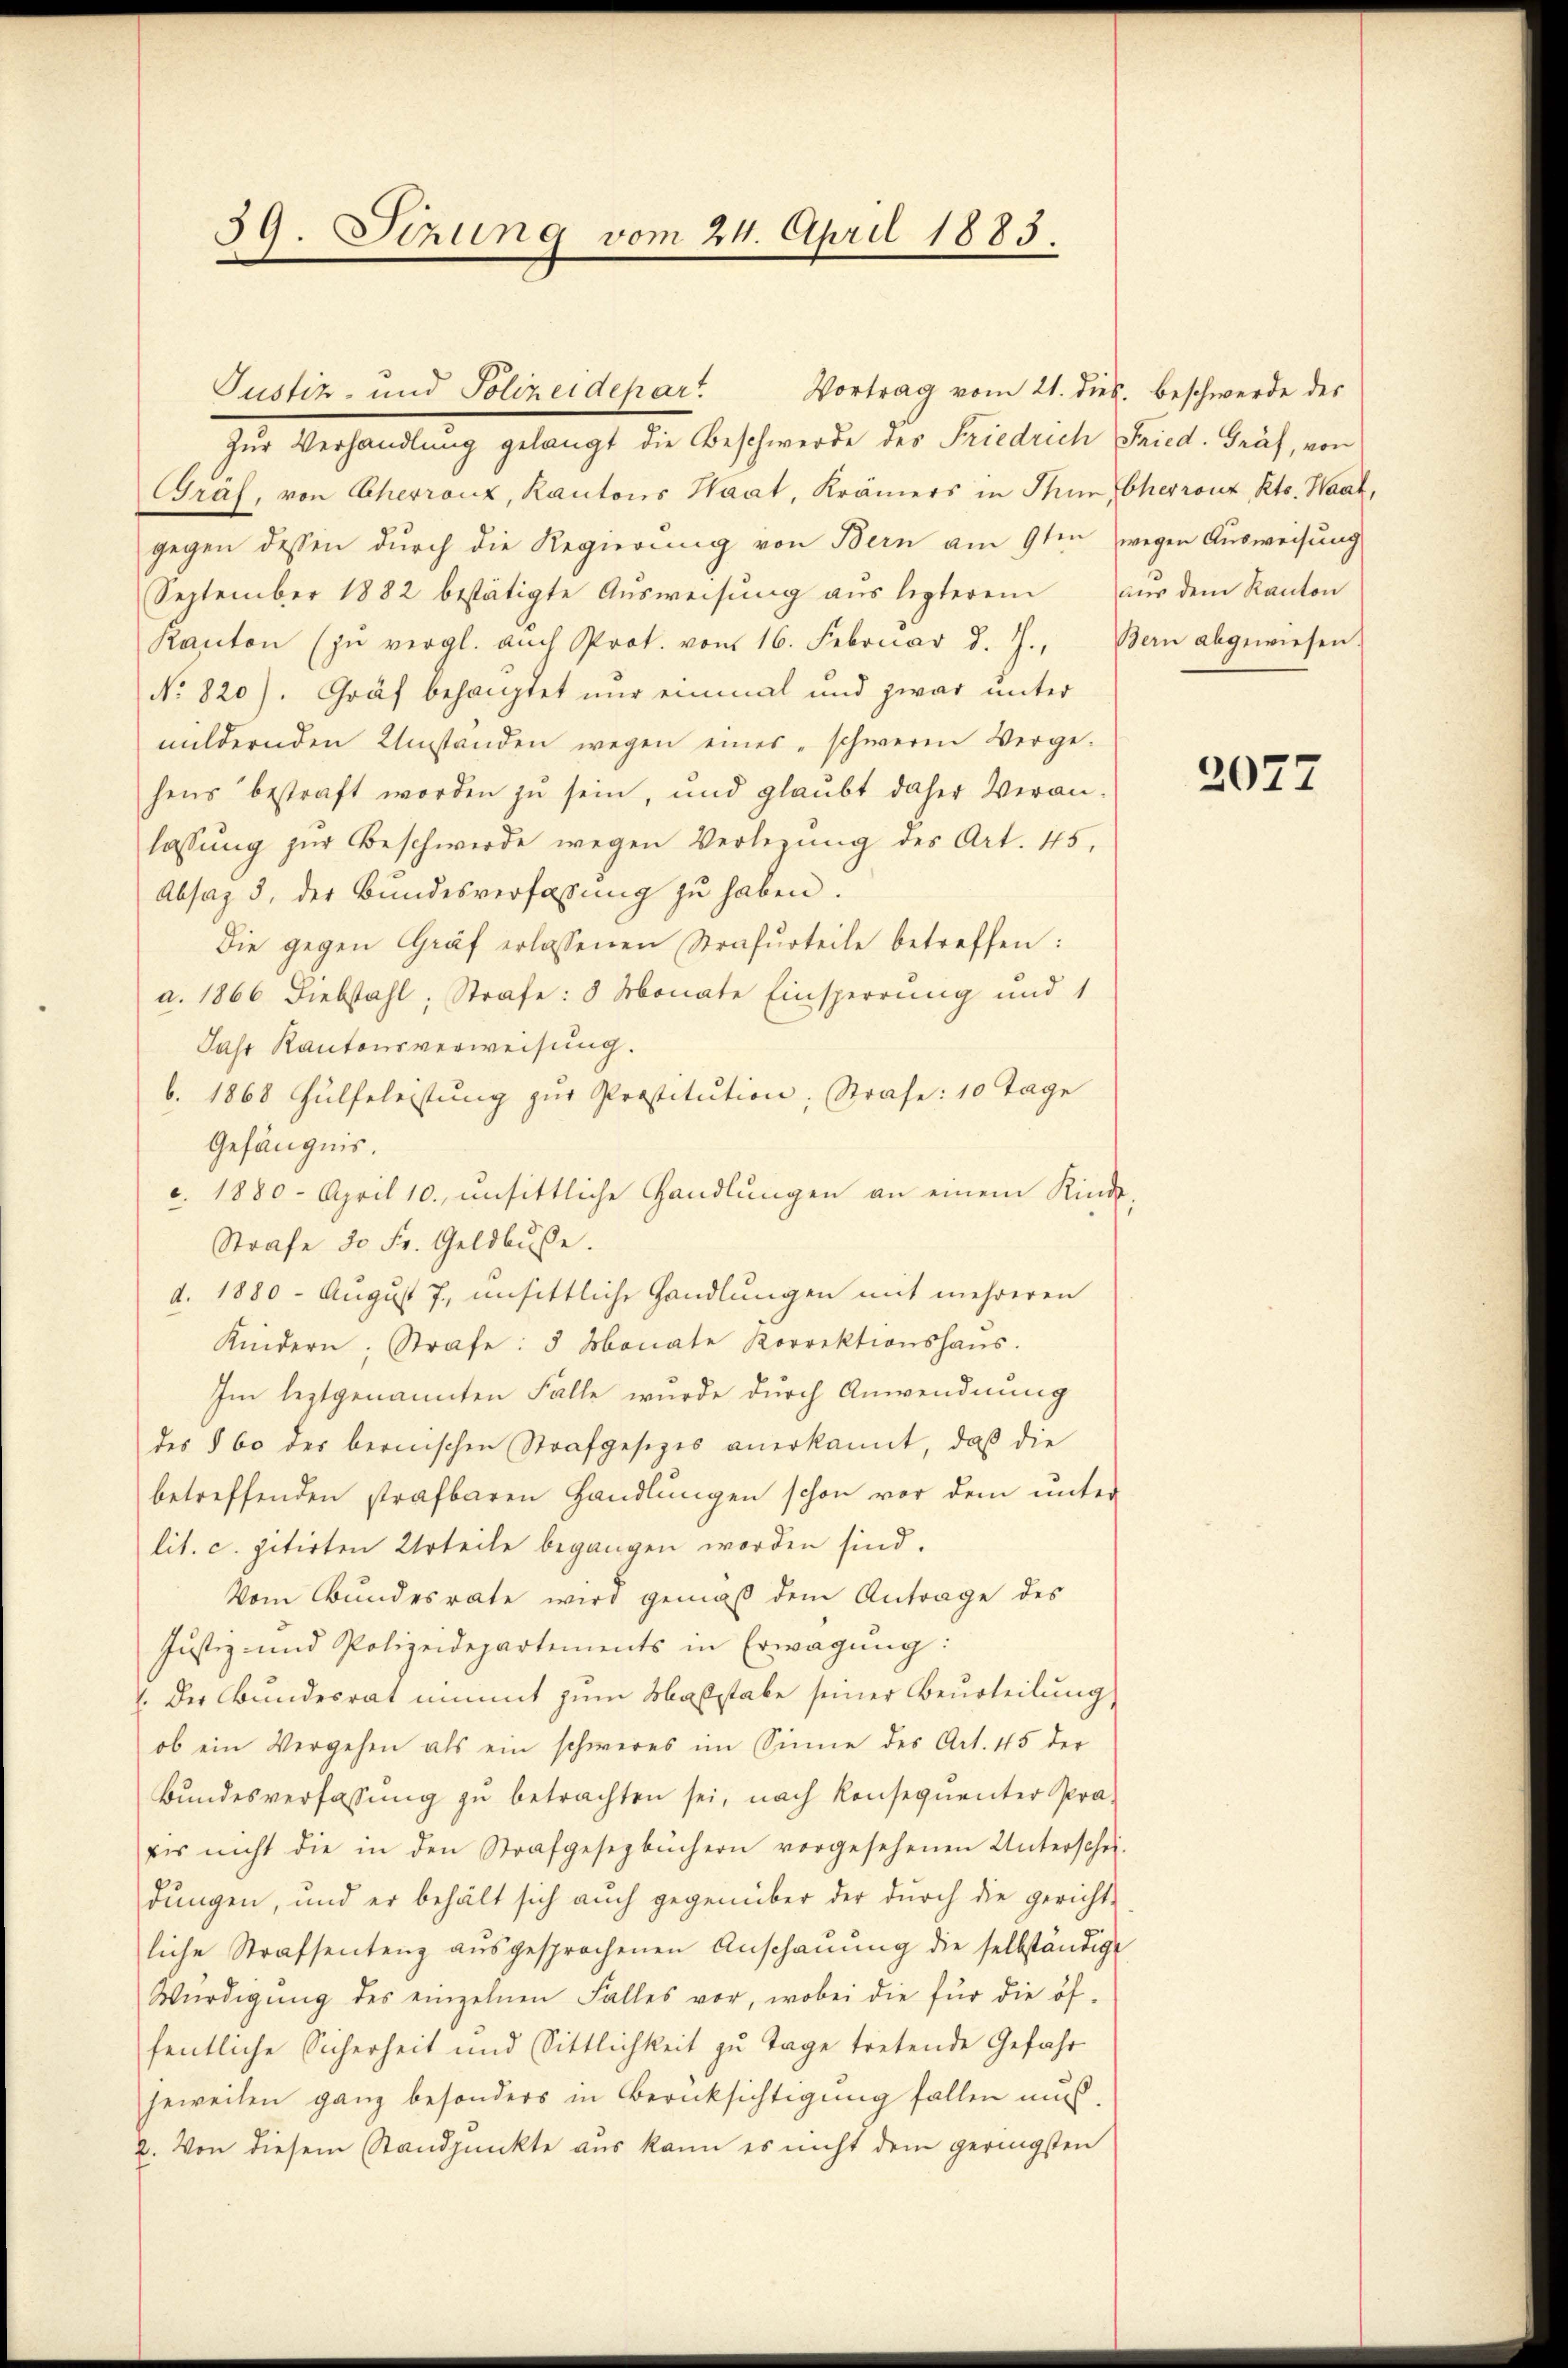
39. Sizung vom 24. April 1883.

Vortrag vom 21. dies. beschwerde des
Zŭr Verhandlung gelangt die Beschwerde des Friedrich Fried. Gräf, von
Gräh, von Cherrenz, Kantons Haat, Krämers in Thun, Cherrenz, Kts. Waal,
gegen dessen durch die Regierung von Bern am 9ten wegen Ausweisung
September 1882 bestätigte Aŭsweisŭng aus legterem aus dem Kanton
Kanton (in vergl. aŭch Prot. vom 16. Februar d. J., Bern abgewiesen.
No 820). Graf behauptet nur einmal und zwar unter
mildernden Umständen wegen eines „schweren Verge-
hens bestraft worden zu sein, und glaubt daher Veranlassŭng zŭr Beschwerde wegen Verlegŭng des Art. 45,
Absaz 3, der Bundesverfassung zu haben.
Die gegen Graf erlassenen Strafurteile betreffen:
a. 1866 Diebstahl, Strafe: 3 Monate Einsperrung und 1
Jahr Kantonsverweisung.
b. 1868 Hülfeleistung zur Prostitution; Strafe: 10 Tage
Gefängnis.
c. 1880. April 10. unsittliche Handlungen an einem Kinde
Strafe 30 Fr. Geldbuße.
d. 1880 - August 7. unsittliche Handlungen mit mehreren
Kindern; Strafe: 3 Monate Korrektionshaŭs.
Im leztgenannten Falle wurde durch Anwendnung
des § 60 der bernischen Strafgesetzes anerkannt, daß die
betreffenden strafbaren Handlungen schon vor dem unter
lit. c. zitirten Urteile begangen worden sind.
Vom Bundesrate wird gemäß dem Antrage des
Justiz- und Polizeidepartements in Erwägung:
1. Der Bundesrat nimmt zum Maßstabe seiner Beurteilung
ob ein Vergehen als ein schweres im Sinne des Art. 45 der
Bundesverfassung zu betrachten sei, nach Konsequenter Praeis nicht die in den Strafgesezbüchern vorgesehenen Unterschei-
dungen, und er behält sich auch gegenüber der dŭrch die gerichte
liche Strafsentenz aŭsgesprochenen Anschauung die selbständige
Würdigŭng des einzelnen Falles vor, wobei die für die öf-
fentliche Sicherheit und Sittlichkeit zu Tage tretende Gefahr
jeweilen ganz besonders in Berücksichtigung fallen muß.
2. Von diesem Standpunkte aus kann es nicht dem geringsten

Justiz- und Polizeidepart.

2077